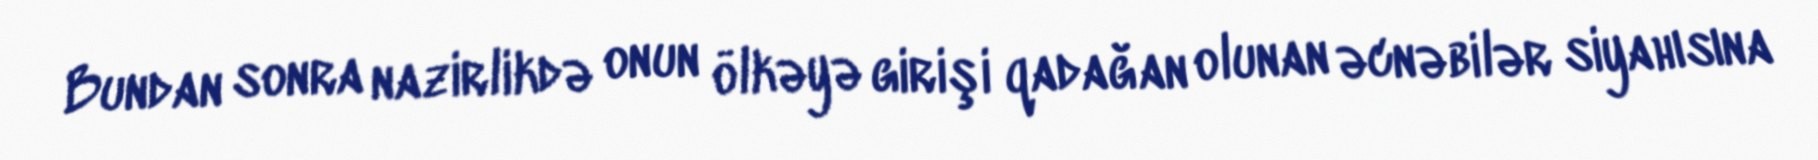
Bundan sonra nazirlikdə onun ölkəyə girişi qadağan olunan əcnəbilər siyahısına